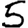
Digit: 5